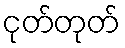
ငုတ်တုတ်